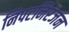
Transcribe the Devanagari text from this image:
निपटनिरंजन